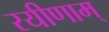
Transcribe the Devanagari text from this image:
रयीणाम्